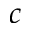
\boldsymbol { c }